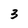
Character: 3